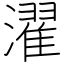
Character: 濯